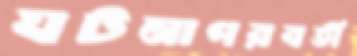
ঘটনাপরবর্তী